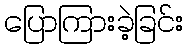
ပြောကြားခဲ့ခြင်း